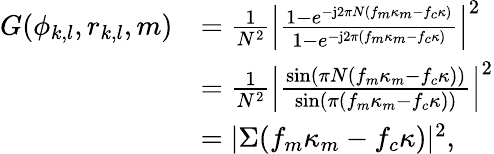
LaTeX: \begin{array}{rl}{G(\phi_{k,l},r_{k,l},{m})}&{=\frac{1}{N^{2}}\left|\frac{1-e^{-\mathrm{j}2\pi N(f_{m}\kappa_{m}-f_{c}\kappa)}}{1-e^{-\mathrm{j}2\pi(f_{m}\kappa_{m}-f_{c}\kappa)}}\right|^{2}}\\ &{=\frac{1}{N^{2}}\left|\frac{\sin(\pi N(f_{m}\kappa_{m}-f_{c}\kappa))}{\sin(\pi(f_{m}\kappa_{m}-f_{c}\kappa))}\right|^{2}}\\ &{=|\Sigma(f_{m}\kappa_{m}-f_{c}\kappa)|^{2},}\end{array}